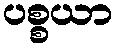
ပစ္စယာ